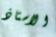
الاستاذ